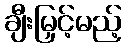
ချီးမြှင့်မည့်